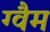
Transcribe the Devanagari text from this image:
ग्वैम